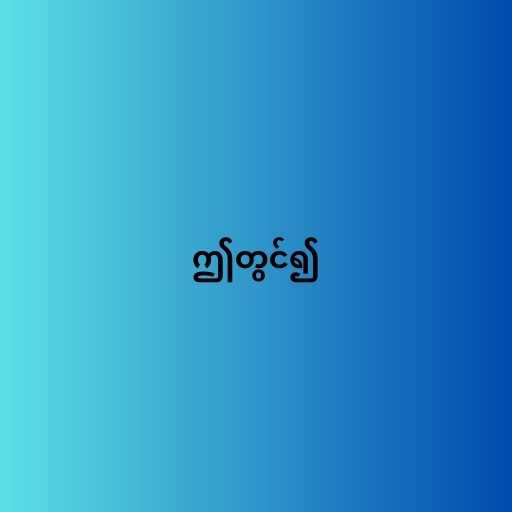
ဤတွင်၍